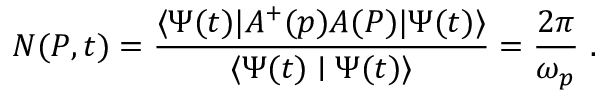
N ( P , t ) = \frac { \langle \Psi ( t ) | A ^ { + } ( p ) A ( P ) | \Psi ( t ) \rangle } { \langle \Psi ( t ) \mid \Psi ( t ) \rangle } = \frac { 2 \pi } { \omega _ { p } } \ .